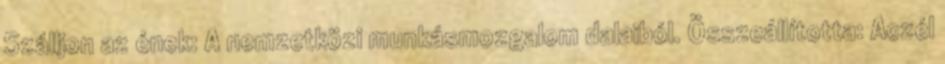
Szálljon az ének: A nemzetközi munkásmozgalom dalaiból. Összeállította: Aczél